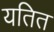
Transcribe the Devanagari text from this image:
यतित